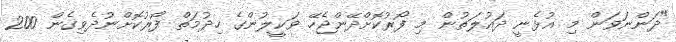
"ދަންނަވަން މި އުޅެނީ ދައުލަތުން މި ފޯރުކޮށްދޭންޖެހޭ ވަކީލުންގެ ހިދުމަތް ފޯރުކޮށްނުދެވިގެން 200